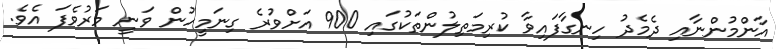
އާންމުންނާއި ދެމެދު ހިނގާފައިވާ ކުރިމަތިލުންތަކުގައި 900 އަށްވުރެ ގިނަމީހުން ވަނީ މަރުވެފަ އެވެ.